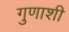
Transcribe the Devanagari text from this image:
गुणाशी